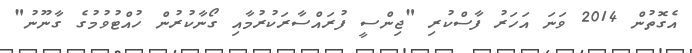
އެގޮތުން 2014 ވަނަ އަހަރު ފާސްކުރި "ޖިންސީ ފުރައްސާރަކުރުމާއި ގޯނާކުރުން ހުއްޓުވުމުގެ ގާނޫނު"